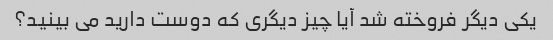
یکی دیگر فروخته شد آیا چیز دیگری که دوست دارید می بینید؟